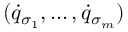
( { \dot { q } } _ { \sigma _ { 1 } } , \dots , { \dot { q } } _ { \sigma _ { m } } )